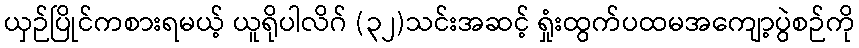
ယှဉ်ပြိုင်ကစားရမယ့် ယူရိုပါလိဂ် (၃၂)သင်းအဆင့် ရှုံးထွက်ပထမအကျော့ပွဲစဉ်ကို